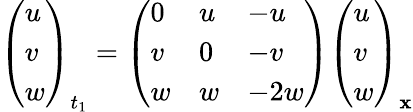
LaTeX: \left(\begin{array}{l}{{u}}\\ {{v}}\\ {{w}}\end{array}\right)_{t_{1}}=\left(\begin{array}{lll}{{0}}&{{u}}&{{-u}}\\ {{v}}&{{0}}&{{-v}}\\ {{w}}&{{w}}&{{-2w}}\end{array}\right)\left(\begin{array}{l}{{u}}\\ {{v}}\\ {{w}}\end{array}\right)_{\mathbf{x}}